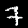
Label: 7